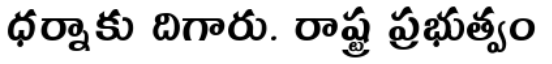
ధర్నాకు దిగారు. రాష్ట్ర ప్రభుత్వం